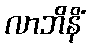
လာဘိနိံ